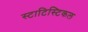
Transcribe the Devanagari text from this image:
स्टाटिस्टिकल